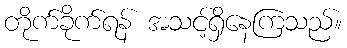
တိုက်ခိုက်ရန် အသင့်ရှိနေကြသည်။